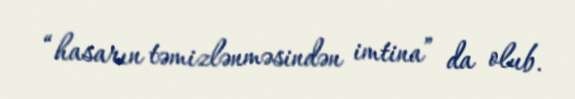
“hasarın təmizlənməsindən imtina” da olub.